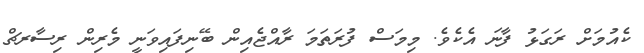
ކެއުމަށް ރަގަޅު ފާނަ އެކެވެ. މިމަސް ފުރަތަމަ ރާއްޖެއިން ބޭނިފައިވަނީ މެރިން ރިސާރޗް